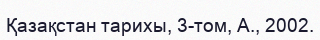
Қазақстан тарихы, 3-том, А., 2002.